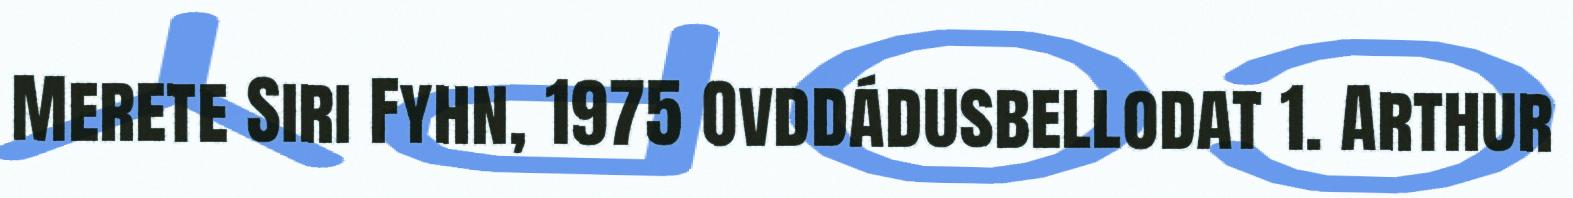
Merete Siri Fyhn, 1975 Ovddádusbellodat 1. Arthur